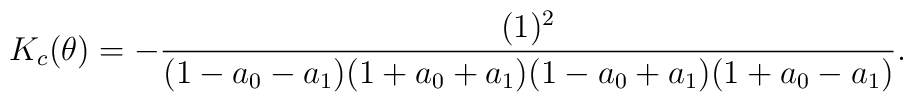
K_{c}(\theta)=-\frac{(1)^{2}}{(1-a_{0}-a_{1})(1+a_{0}+a_{1})(1-a_{0}+a_{1})(1+a_{0}-a_{1})}.